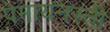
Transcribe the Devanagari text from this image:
पेमायनस्‍ती